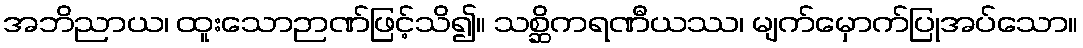
အဘိညာယ၊ ထူးသောဉာဏ်ဖြင့်သိ၍။ သစ္ဆိကရဏီယဿ၊ မျက်မှောက်ပြုအပ်သော။